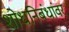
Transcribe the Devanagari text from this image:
शोधनिबंधांवर